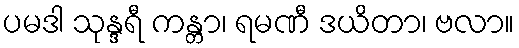
ပမဒါ သုန္ဒရီ ကန္တာ၊ ရမဏီ ဒယိတာ၊ ဗလာ။